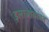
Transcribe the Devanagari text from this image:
इलाजाबाबत